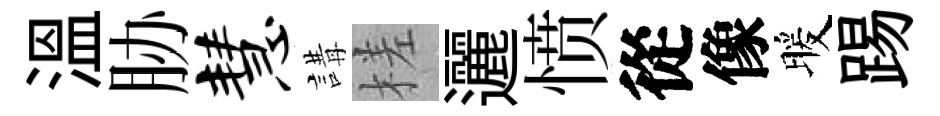
溫胁慧講槎邐愤從像暖踢